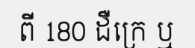
ពី 180 ដឺក្រេ ឬ